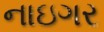
નાઇગર